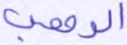
الرهب